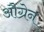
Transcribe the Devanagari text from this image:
औग्रेन